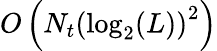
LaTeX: O\left(N_{t}\left(\log_{2}(L)\right)^{2}\right)